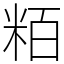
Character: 粨